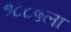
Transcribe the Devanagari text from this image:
१८८५ला